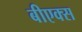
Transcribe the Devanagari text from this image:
बीएक्स